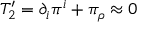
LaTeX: T _ { 2 } ^ { \prime } = \partial _ { i } \pi ^ { i } + \pi _ { \rho } \approx 0